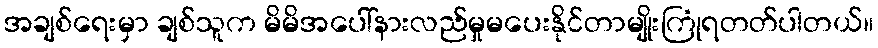
အချစ်ရေးမှာ ချစ်သူက မိမိအပေါ်နားလည်မှုမပေးနိုင်တာမျိုးကြုံရတတ်ပါတယ်။